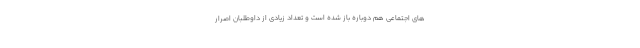
های اجتماعی هم دوباره باز شده است و تعداد زیادی از داوطلبان اصرار